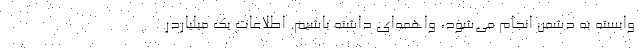
وابسته به دشمن انجام می‌شود، واهمه‌ای داشته باشیم. اطلاعات یک میلیاردر